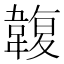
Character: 䪖